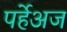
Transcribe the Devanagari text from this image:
पर्हेअज